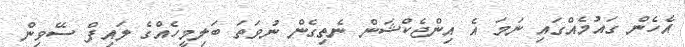
އެހެން ގައުމެއްގައި ނަމަ އެ އިންޖެކްޝަން ނެތިގެން ނުވަތަ ބަލިމީހެއްގެ ލައިފް ސޭވިން